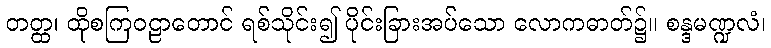
တတ္ထ၊ ထိုစကြဝဠာတောင် ရစ်သိုင်း၍ ပိုင်းခြားအပ်သော လောကဓာတ်၌။ စန္ဒမဏ္ဍလံ၊